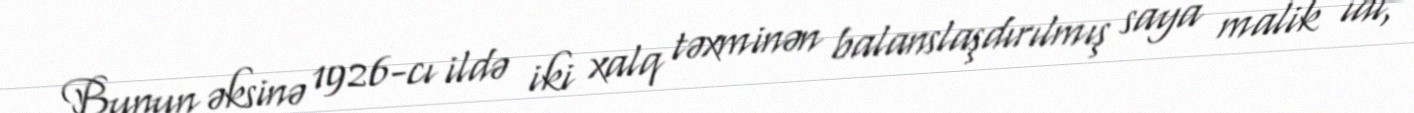
Bunun əksinə 1926-cı ildə iki xalq təxminən balanslaşdırılmış saya malik idi,